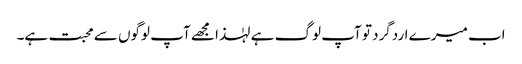
اب میرے اردگرد تو آپ لوگ ہے لہٰذا مجھے آپ لوگوں سے محبت ہے۔